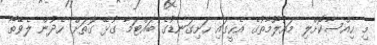
މި ހިއްސާކޮށްލި މައުލޫމާތުގެ އެހީގައި ހަށިގަނޑުގެ ބައްޓަމާ ގުޅޭ ގޮތަށް ހެދުން ލެވޭތޯ